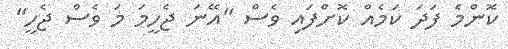
ކޮންމެ ފަދަ ކަމެއް ކޮށްފައި ވެސް "އޭނަ ޖެހީމަ މަ ވެސް ޖެހީ"